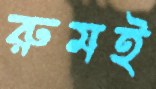
রুমই